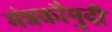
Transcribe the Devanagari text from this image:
मंत्रकौमुदी